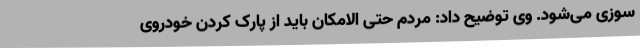
سوزی می‌شود. وی توضیح داد: مردم حتی الامکان باید از پارک کردن خودروی